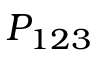
P _ { 1 2 3 }